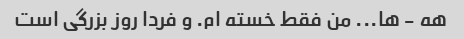
هه - ها... من فقط خسته ام. و فردا روز بزرگی است